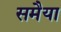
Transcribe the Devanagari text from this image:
समैया